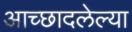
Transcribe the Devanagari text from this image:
आच्छादलेल्या